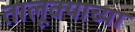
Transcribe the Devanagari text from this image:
तालूक्याच्या